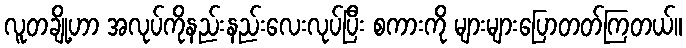
လူတချို့ဟာ အလုပ်ကိုနည်းနည်းလေးလုပ်ပြီး စကားကို များများပြောတတ်ကြတယ်။